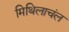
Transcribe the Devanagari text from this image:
मिथिलाचंल